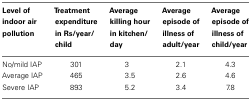
| Level of indoor air pollution | Treatment expenditure in Rs/year/child | Average killing hour in kitchen/day | Average episode of illness of adult/year | Average episode of illness of child/year |
 | --- | --- | --- | --- | --- |
 | No/mild IAP | 301 | 3 | 2.1 | 4.3 |
 | Average IAP | 465 | 3.5 | 2.6 | 4.6 |
 | Severe IAP | 893 | 5.2 | 3.4 | 7.8 |